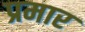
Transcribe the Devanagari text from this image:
प्रमार